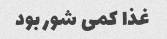
غذا کمی شور بود